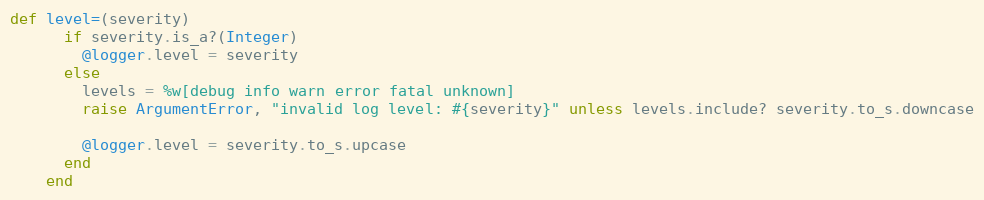
Language: Ruby
def level=(severity)
      if severity.is_a?(Integer)
        @logger.level = severity
      else
        levels = %w[debug info warn error fatal unknown]
        raise ArgumentError, "invalid log level: #{severity}" unless levels.include? severity.to_s.downcase

        @logger.level = severity.to_s.upcase
      end
    end